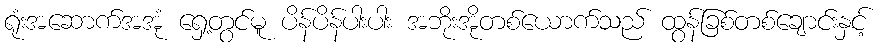
ရုံးအဆောက်အအုံ ရှေ့တွင်မူ ပိန်ပိန်ပါးပါး အဘိုးအိုတစ်ယောက်သည် ထွန်ခြစ်တစ်ချောင်းနှင့်